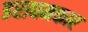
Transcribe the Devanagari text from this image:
डराघमकार